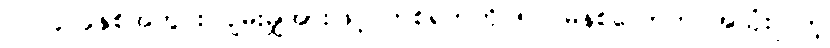
၂၀၂၄ ခုနှစ်အတွင်း ပျမ်းမျှအားဖြင့် တစ်ရက်ကို ၅၁ မိနစ်လောက် အသုံးပြုတဲ့